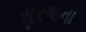
સૂરજના